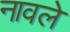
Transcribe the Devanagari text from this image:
नावले